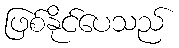
ဖြစ်နိုင်ပေသည်